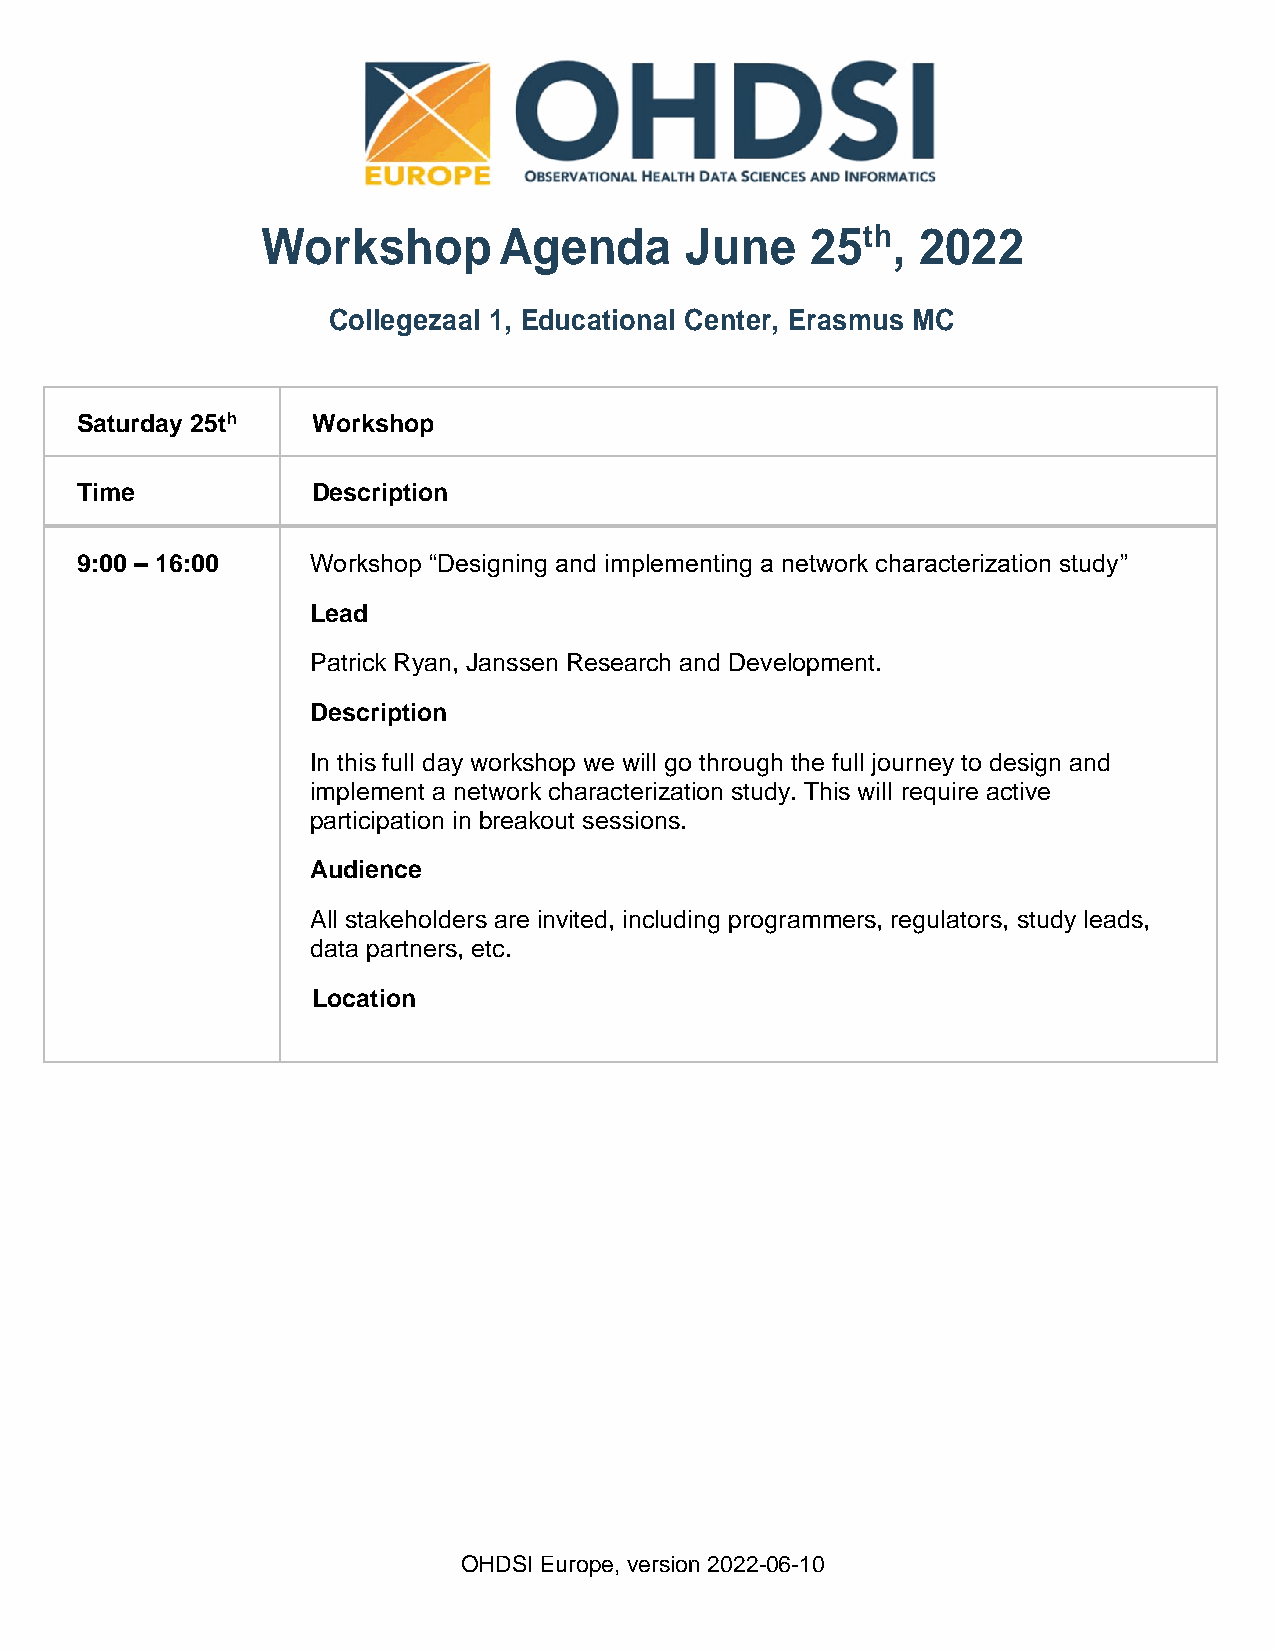
Workshop        Agenda      June     25th,  2022
 Collegezaal 1, Educational Center, Erasmus MC
 Saturday 25th   Workshop
 Time            Description
 9:00 – 16:00    Workshop “Designing and implementing a network characterization study”
 Lead
 Patrick Ryan, Janssen Research and Development.
 Description
 In this full day workshop we will go through the full journey to design and
 implement a network characterization study. This will require active
 participation in breakout sessions.
 Audience
 All stakeholders are invited, including programmers, regulators, study leads,
 data partners, etc.
 Location
 OHDSI Europe, version 2022-06-10